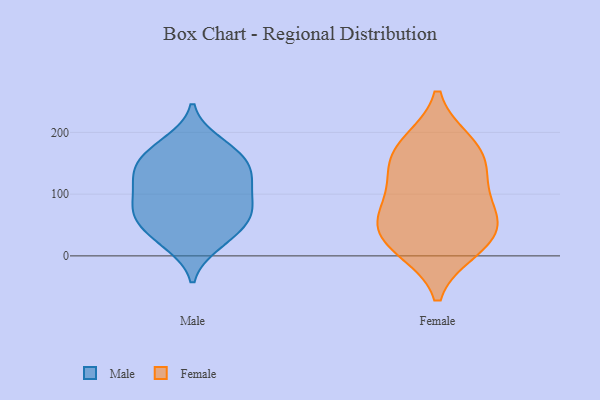
{"axis": {"x": "Humidity (%)", "y": "Value"}, "legend": ["Female", "Male"], "data": [{"x": "", "y": 58, "type": "Male"}, {"x": "", "y": 24, "type": "Male"}, {"x": "", "y": 117, "type": "Male"}, {"x": "", "y": 98, "type": "Male"}, {"x": "", "y": 157, "type": "Male"}, {"x": "", "y": 115, "type": "Male"}, {"x": "", "y": 125, "type": "Male"}, {"x": "", "y": 178, "type": "Male"}, {"x": "", "y": 184, "type": "Male"}, {"x": "", "y": 74, "type": "Male"}, {"x": "", "y": 145, "type": "Male"}, {"x": "", "y": 38, "type": "Male"}, {"x": "", "y": 65, "type": "Male"}, {"x": "", "y": 160, "type": "Male"}, {"x": "", "y": 74, "type": "Male"}, {"x": "", "y": 19, "type": "Male"}, {"x": "", "y": 70, "type": "Male"}, {"x": "", "y": 138, "type": "Male"}, {"x": "", "y": 155, "type": "Female"}, {"x": "", "y": 29, "type": "Female"}, {"x": "", "y": 57, "type": "Female"}, {"x": "", "y": 140, "type": "Female"}, {"x": "", "y": 10, "type": "Female"}, {"x": "", "y": 183, "type": "Female"}, {"x": "", "y": 90, "type": "Female"}, {"x": "", "y": 55, "type": "Female"}, {"x": "", "y": 184, "type": "Female"}, {"x": "", "y": 125, "type": "Female"}, {"x": "", "y": 12, "type": "Female"}, {"x": "", "y": 63, "type": "Female"}]}